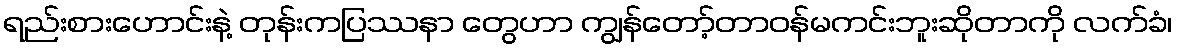
ရည်းစားဟောင်းနဲ့ တုန်းကပြဿနာ တွေဟာ ကျွန်တော့်တာဝန်မကင်းဘူးဆိုတာကို လက်ခံ၊